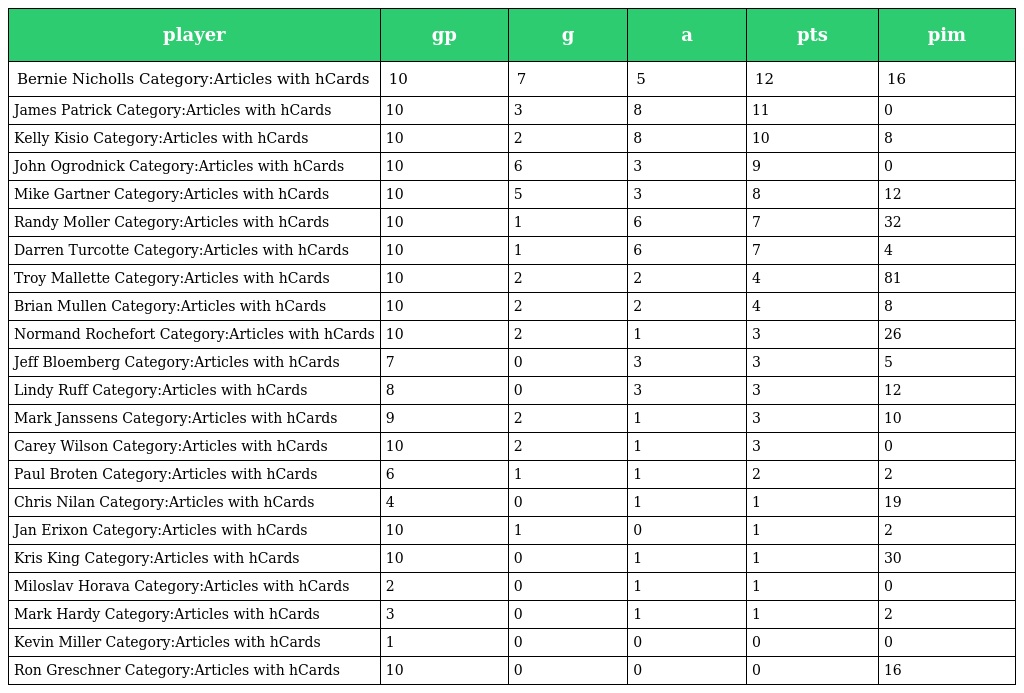
| player | gp | g | a | pts | pim |
 | --- | --- | --- | --- | --- | --- |
 | Bernie Nicholls Category:Articles with hCards | 10 | 7 | 5 | 12 | 16 |
 | James Patrick Category:Articles with hCards | 10 | 3 | 8 | 11 | 0 |
 | Kelly Kisio Category:Articles with hCards | 10 | 2 | 8 | 10 | 8 |
 | John Ogrodnick Category:Articles with hCards | 10 | 6 | 3 | 9 | 0 |
 | Mike Gartner Category:Articles with hCards | 10 | 5 | 3 | 8 | 12 |
 | Randy Moller Category:Articles with hCards | 10 | 1 | 6 | 7 | 32 |
 | Darren Turcotte Category:Articles with hCards | 10 | 1 | 6 | 7 | 4 |
 | Troy Mallette Category:Articles with hCards | 10 | 2 | 2 | 4 | 81 |
 | Brian Mullen Category:Articles with hCards | 10 | 2 | 2 | 4 | 8 |
 | Normand Rochefort Category:Articles with hCards | 10 | 2 | 1 | 3 | 26 |
 | Jeff Bloemberg Category:Articles with hCards | 7 | 0 | 3 | 3 | 5 |
 | Lindy Ruff Category:Articles with hCards | 8 | 0 | 3 | 3 | 12 |
 | Mark Janssens Category:Articles with hCards | 9 | 2 | 1 | 3 | 10 |
 | Carey Wilson Category:Articles with hCards | 10 | 2 | 1 | 3 | 0 |
 | Paul Broten Category:Articles with hCards | 6 | 1 | 1 | 2 | 2 |
 | Chris Nilan Category:Articles with hCards | 4 | 0 | 1 | 1 | 19 |
 | Jan Erixon Category:Articles with hCards | 10 | 1 | 0 | 1 | 2 |
 | Kris King Category:Articles with hCards | 10 | 0 | 1 | 1 | 30 |
 | Miloslav Horava Category:Articles with hCards | 2 | 0 | 1 | 1 | 0 |
 | Mark Hardy Category:Articles with hCards | 3 | 0 | 1 | 1 | 2 |
 | Kevin Miller Category:Articles with hCards | 1 | 0 | 0 | 0 | 0 |
 | Ron Greschner Category:Articles with hCards | 10 | 0 | 0 | 0 | 16 |